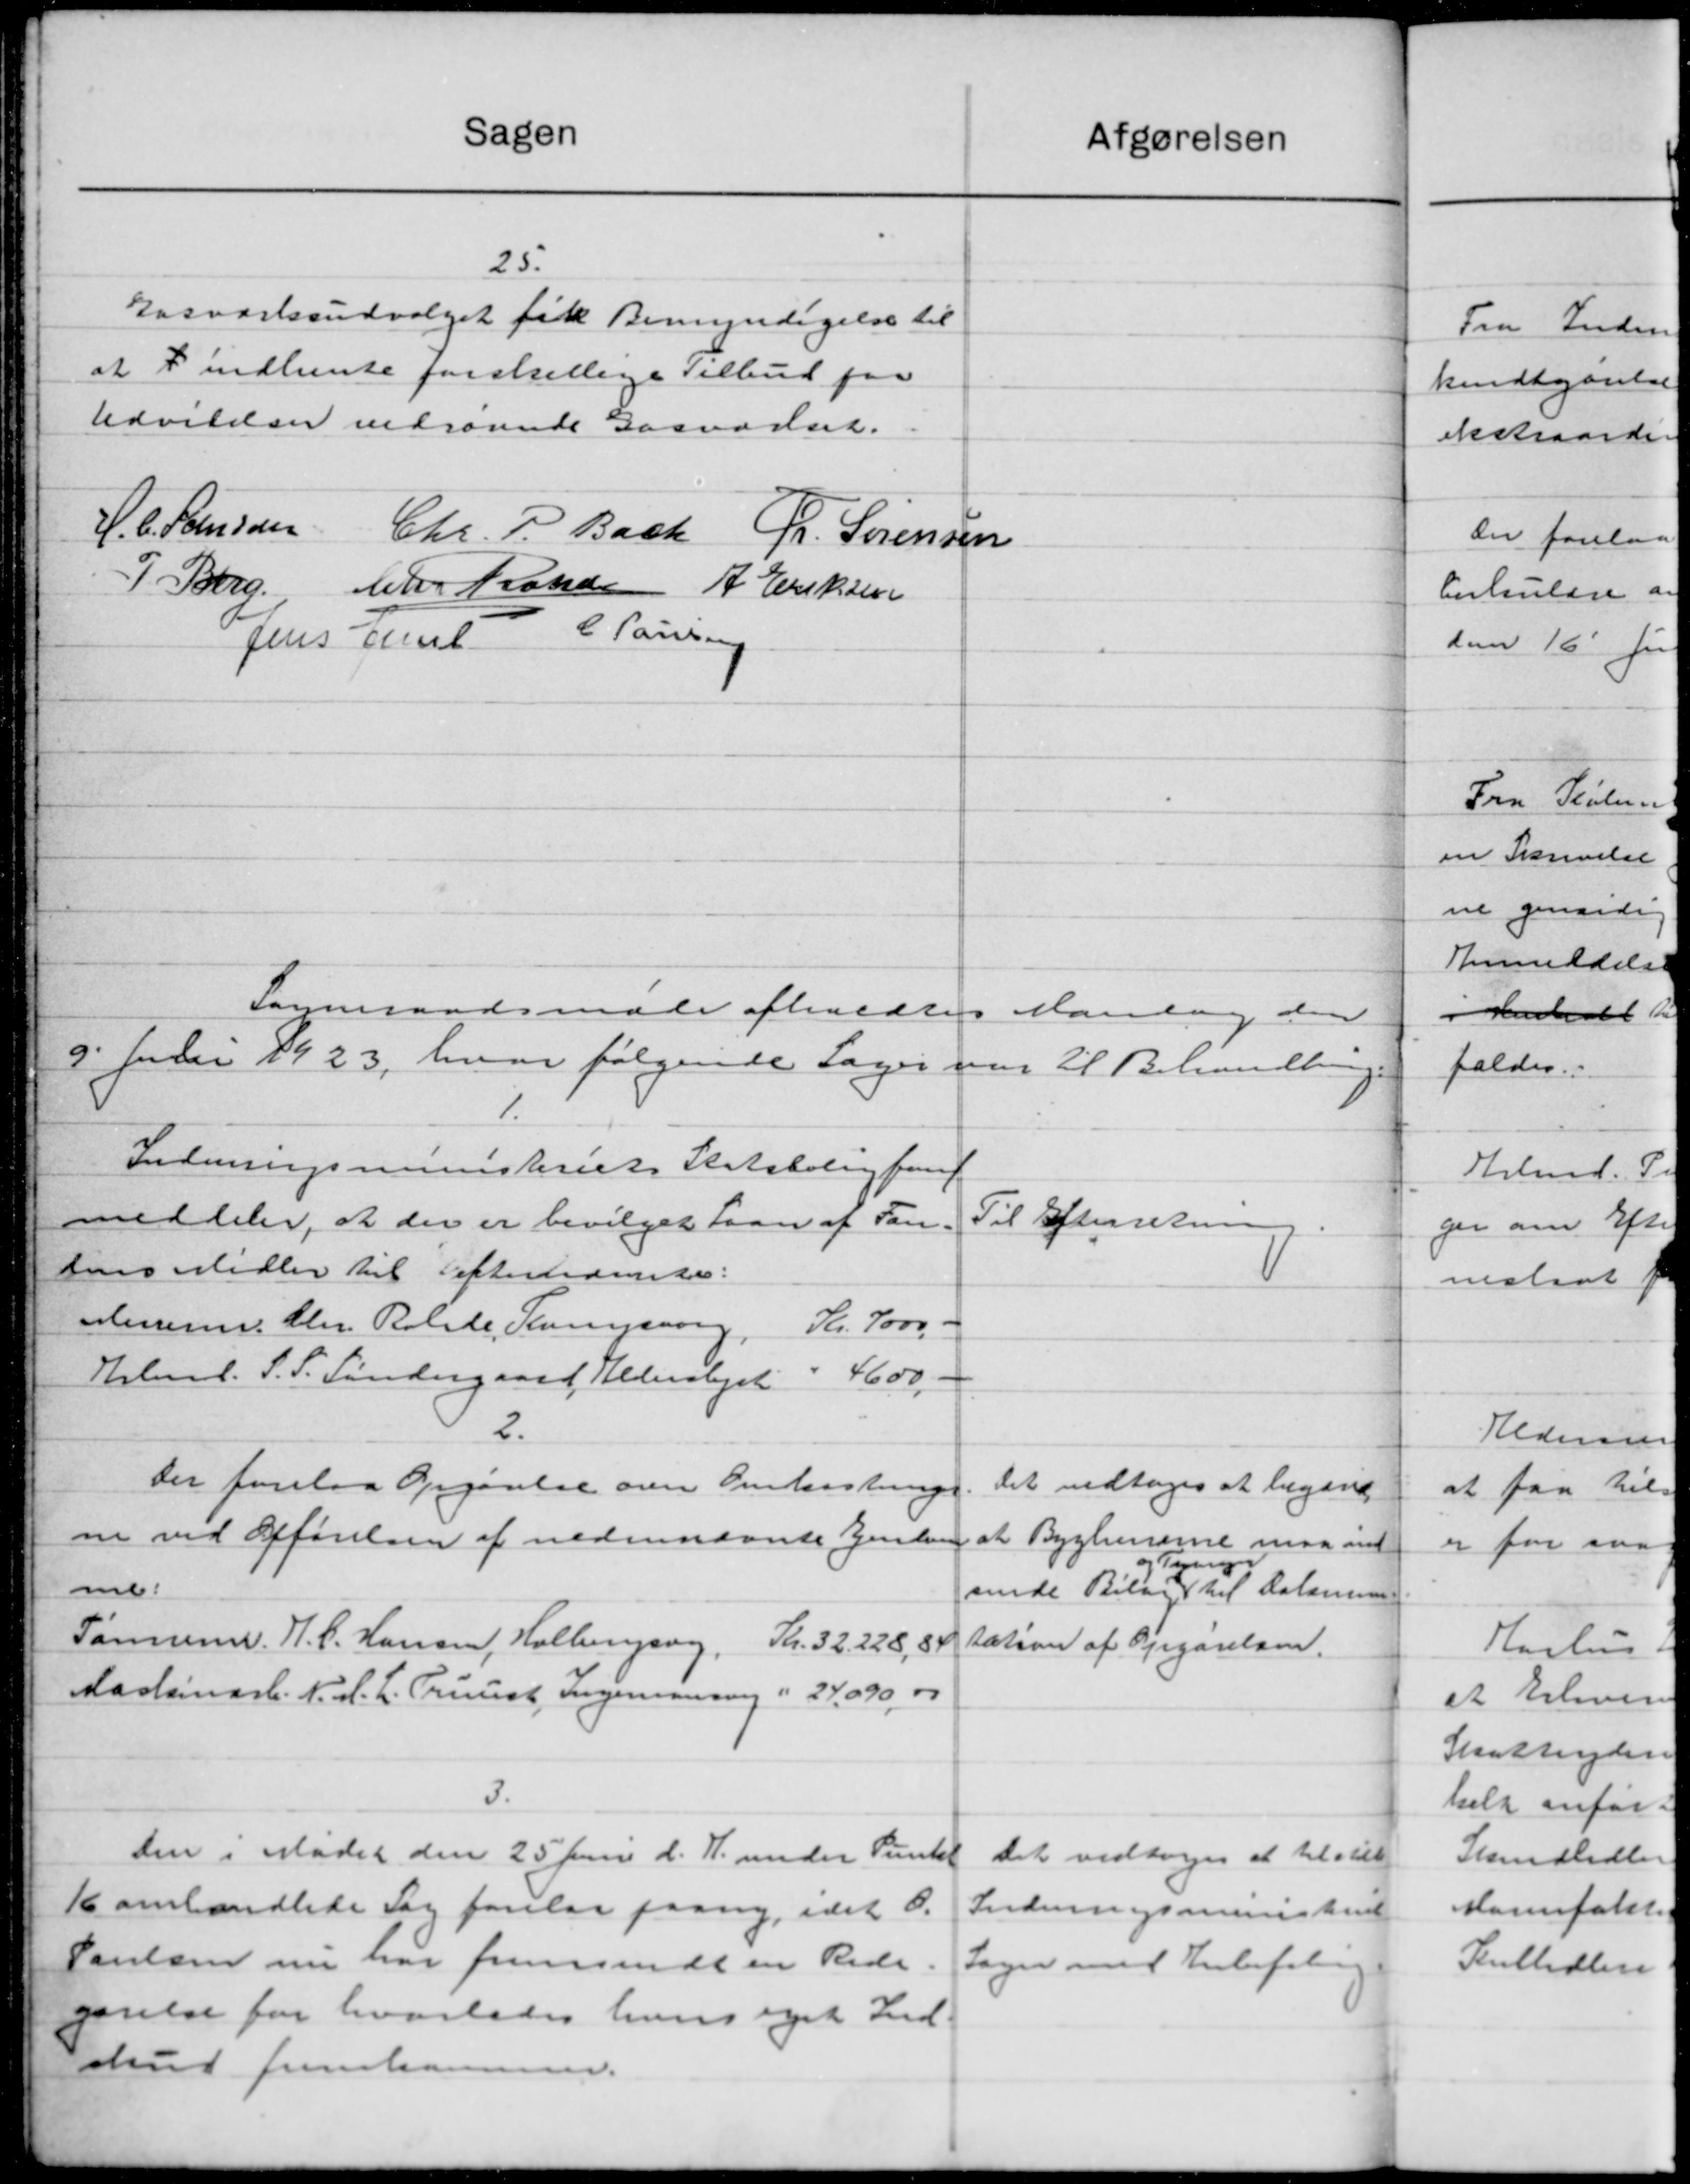
Transskription:
Sagen
atgørelsen
25.
Gasværksudvalget fik Bemyndigelse til
at I indhente forskeller i Tilbud paa
Udvilden vedrørende Gasvadnet.
H. C. Stensen
Chr. P. Bach Fr. Sørensen
P. Berg, Chr Rander A. Eriksen
Jens Amt C. Pausen
Sogneraadsmøde afholdtes Mandag den
9' Juni 1923, hvor følgende Sager var til Behandling.
1.
Indenrigsministeriets Statsboligfond
meddeler, at der er bevilget Laan af Fan-
Til Efterretning.
tens Midler til efternævnes:
Skr. 7000 -
Messerne Chr. Rolide, Rungsborg,
4600 -
Kbmd. S. S. Søndergaard, Hederslejst
2.
Der forelaa Opgørelse over Omkostning.
Det vedtoges at begære
ne ved Afførelsen af nedennævnte Ejendom
at Byglemerne maa ind
1
og Te
peng
me.
sende Bilag til Dalamin
Tønnen. H. C. Hansen, Holbergsvej, Kr. 32228,84
tation af Opgørelsen.
Maalemark. N. M. L. Pruust, Ingeniansing i 24,090,00
3.
den i Mødet den 25 Juni d. A. under Punkt
Det vedtoges at til vill
K omhandlede Sag forelaa paany idet d.
Indenrigsministeriet
Poulsen nu har fremsendt en Rede.
Sagen med Anbefaling
gørelse for hvorledes hans eget Ind-
skud fremlaa
.